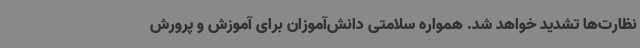
نظارت‌ها تشدید خواهد شد. همواره سلامتی دانش‌آموزان برای آموزش و پرورش